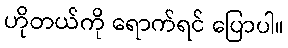
ဟိုတယ်ကို ရောက်ရင် ပြောပါ။